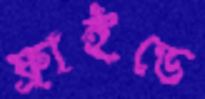
ফ্রাইডে